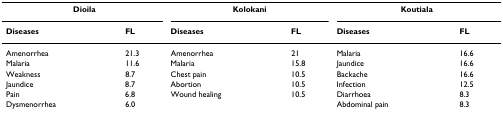
<table><thead><tr><td colspan="2"><b>Dioila</b></td><td colspan="2"><b>Kolokani</b></td><td colspan="2"><b>Koutiala</b></td></tr><tr><td><b>Diseases</b></td><td><b>FL</b></td><td><b>Diseases</b></td><td><b>FL</b></td><td><b>Diseases</b></td><td><b>FL</b></td></tr></thead><tbody><tr><td>Amenorrhea</td><td>21.3</td><td>Amenorrhea</td><td>21</td><td>Malaria</td><td>16.6</td></tr><tr><td>Malaria</td><td>11.6</td><td>Malaria</td><td>15.8</td><td>Jaundice</td><td>16.6</td></tr><tr><td>Weakness</td><td>8.7</td><td>Chest pain</td><td>10.5</td><td>Backache</td><td>16.6</td></tr><tr><td>Jaundice</td><td>8.7</td><td>Abortion</td><td>10.5</td><td>Infection</td><td>12.5</td></tr><tr><td>Pain</td><td>6.8</td><td>Wound healing</td><td>10.5</td><td>Diarrhoea</td><td>8.3</td></tr><tr><td>Dysmenorrhea</td><td>6.0</td><td></td><td></td><td>Abdominal pain</td><td>8.3</td></tr></tbody></table>